Report on vaccination in the Province of Bengal - 1874-1889
Year: 1874
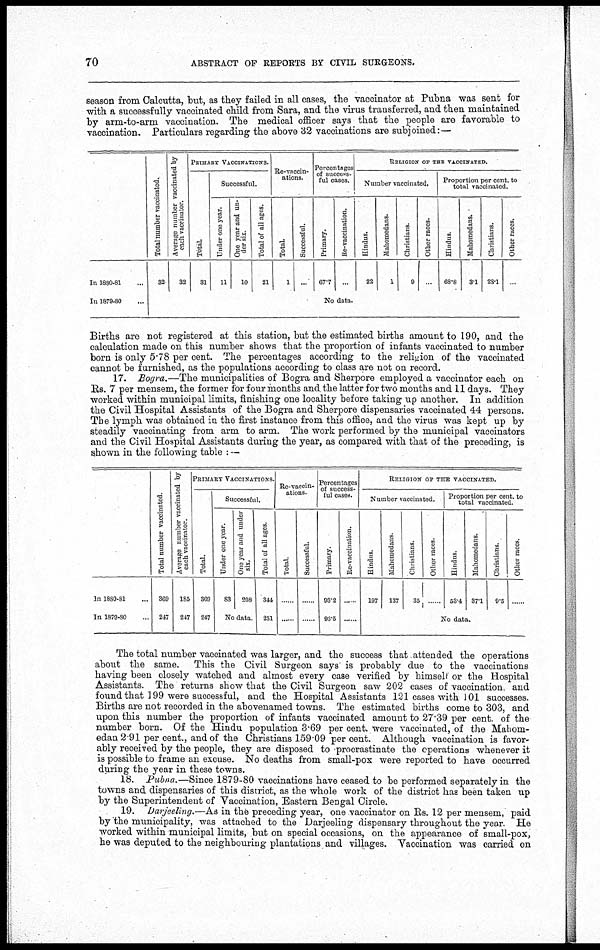
70
ABSTRACT OF REPORTS BY CIVIL SURGEONS.
season from Calcutta, but, as they failed in all cases, the vaccinator at Pubna was sent for
with a successfully vaccinated child from Sara, and the virus transferred, and then maintained
by arm-to-arm vaccination. The medical officer says that the people are favorable to
vaccination. Particulars regarding the above 32 vaccinations are subjoined:—
In 1880-81...
In 1879-80...
Total number vaccinated..
32
Average number vaccinated by
each vaccinator.
32
PRIMARY VACCINATIONS.
Total.
31
Successful.
Under one year.
11
One year and un-
der six.
10
Total of all ages.
21
Re-vaccin-
ations.
Total.
1
Successful.
...
Percentages
of success-
ful cases.
Primary.
67.7
Re-vaccination.
...
RELIGION OF THE VACCINATED.
Number vaccinated,
Hindus.
22
Mahomedans.
1
Christians.
9
Other races.
...
Proportion per cent. to
total vaccinated.
Hindus.
68.8
Mahomedans.
3.1
Christians.
28.1
Other races.
...
No data.
Births are not registered at this station, but the estimated births amount to 190, and the
calculation made on this number shows that the proportion of infants vaccinated to number
born is only 5.78 per cent. The percentages according to the religion of the vaccinated
cannot be furnished, as the populations according to class are not on record.
17. Bogra.—The municipalities of Bogra and Sherpore employed a vaccinator each on
Rs. 7 per mensem, the former for four months and the latter for two months and 11 days. They
worked within municipal limits, finishing one locality before taking up another. In addition
the Civil Hospital Assistants of the Bogra and Sherpore dispensaries vaccinated 44 persons.
The lymph was obtained in the first instance from this office, and the virus was kept up by
steadily vaccinating from arm to arm. The work performed by the municipal vaccinators
and the Civil Hospital Assistants during the year, as compared with that of the preceding, is
shown in the following table : —
In 1880-81...
In 1879-80...
Total number vaccinated.
369
247
Average number vaccinated by
each vaccinator.
185
247
PRIMARY VACCINATIONS.
Total.
369
247
Successful.
Under one year.
83
One year and under
six.
208
No data.
Total of all ages.
344
231
Re-vaccin-
ations.
Total.
......
......
Successful.
......
......
Percentages
of success-
ful cases.
Primary.
93.2
93.5
Re-vaccination.
......
RELIGION OF THE VACCINATED.
Number vaccinated.
Hindus.
197
Mahomedans.
137
Christians.
35
Other races.
......
Proportion per cent. to
total vaccinated.
Hindus.
53.4
Mahomedans.
37.1
Christians.
9.5
Other races.
......
No data.
The total number vaccinated was larger, and the success that attended the operations
about the same. This the Civil Surgeon says is probably due to the vaccinations
having been closely watched and almost every case verified by himself or the Hospital
Assistants. The returns show that the Civil Surgeon saw 202 cases of vaccination, and
found that 199 were successful, and the Hospital Assistants 121 cases with 101 successes.
Births are not recorded in the abovenamed towns. The estimated births come to 303, and
upon this number the proportion of infants vaccinated amount to 27.39 per cent. of the
number born. Of the Hindu population 3.69 per cent. were vaccinated, of the Mahom-
edan 2.91 per cent., and of the Christians 159.09 per cent. Although vaccination is favor-
ably received by the people, they are disposed to procrastinate the operations whenever it
is possible to frame an excuse. No deaths from small-pox were reported to have occurred
during the year in these towns.
18. Pubna.—Since 1879-80 vaccinations have ceased to be performed separately in the
towns and dispensaries of this district, as the whole work of the district has been taken up
by the Superintendent of Vaccination, Eastern Bengal Circle.
19. Darjeeling.—As in the preceding year, one vaccinator on Rs. 12 per mensem, paid
by the municipality, was attached to the Darjeeling dispensary throughout the year. He
worked within municipal limits, but on special occasions, on the appearance of small-pox,
he was deputed to the neighbouring plantations and villages. Vaccination was carried on